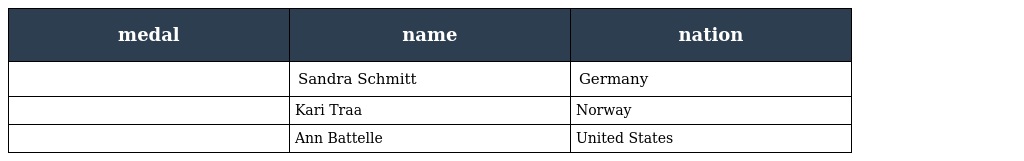
| medal | name | nation |
 | --- | --- | --- |
 |  | Sandra Schmitt | Germany |
 |  | Kari Traa | Norway |
 |  | Ann Battelle | United States |